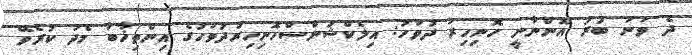
ދެ ވަނަ ބުރު އޮންނާނީ ހޮނިހިރު ދުވަހު: އިލެކްޝަންސްހޮނިހިރުދުވަހުގެ އިންތިޚާބާ މެދު ކުރެވޭ